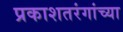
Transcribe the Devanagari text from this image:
प्रकाशतरंगांच्या